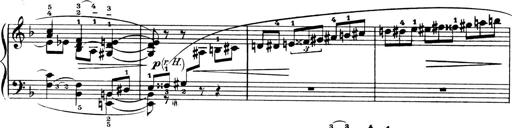
Title: 4 Sonatines
Composer: Max Reger